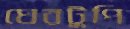
ঘেরটুপি